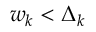
w _ { k } < \Delta _ { k }